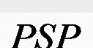
PSP